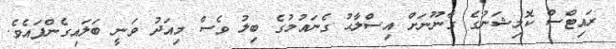
ރައިޓްސް ކޮމިޝަނުގެ ގާނޫނަށް އިސްލާޙު ގެނައުމުގެ ބިލު ވެސް މިއަދު ވަނީ ބަލައިގެންފައެވެ.